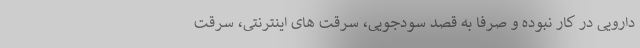
دارویی در کار نبوده و صرفا به قصد سودجویی، سرقت های اینترنتی، سرقت